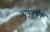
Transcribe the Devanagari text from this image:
आयुवर्धक